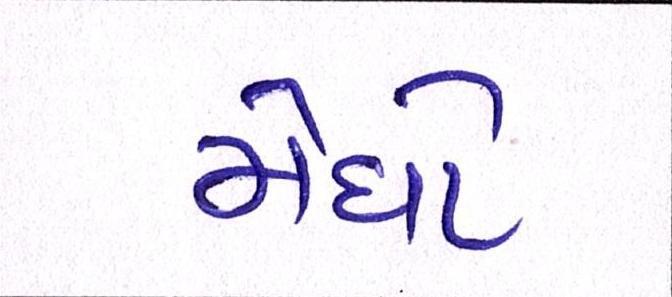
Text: મેઘો